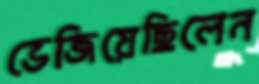
ভেজিয়েছিলেন